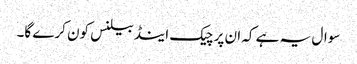
سوال یہ ہے کہ ان پر چیک اینڈ بیلنس کون کرے گا۔